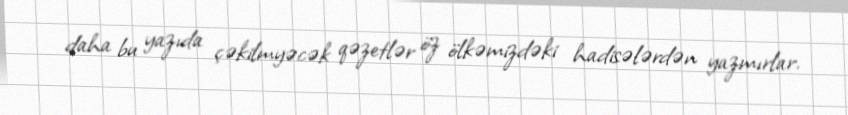
daha bu yazıda çəkilmyəcək qəzetlər öz ölkəmizdəki hadisələrdən yazmırlar.